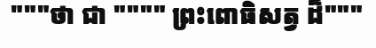
"""ថា ជា """" ព្រះពោធិសត្វ ដ៏"""